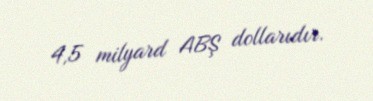
4,5 milyard ABŞ dollarıdır.